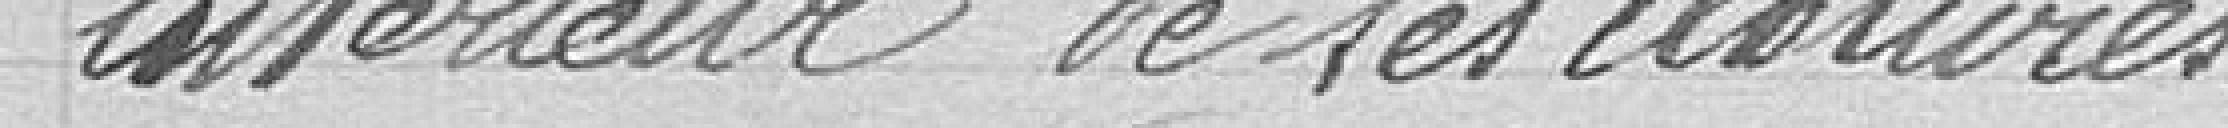
intérieur de ses clôtures.